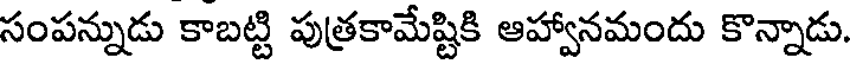
సంపన్నుడు కాబట్టి పుత్రకామేష్టికి ఆహ్వానమందు కొన్నాడు.